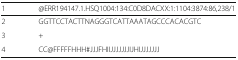
<table><thead><tr><td><b>1</b></td><td><b>@ERR194147.1.HSQ1004:134:C0D8DACXX:1:1104:3874:86,238/1</b></td></tr></thead><tbody><tr><td>2</td><td>GGTTCCTACTTNAGGGTCATTAAATAGCCCACACGTC</td></tr><tr><td>3</td><td>+</td></tr><tr><td>4</td><td>CC@FFFFFHHH#JJJFHIIJJJJJJJIJHIJJJJJJJ</td></tr></tbody></table>